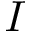
I